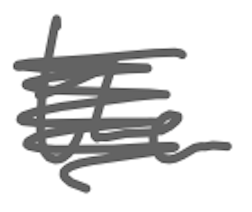
Text: the
Cross-out: scratch
Writing tool: digital_gray